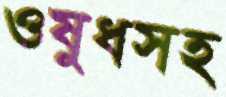
ওষুধসহ